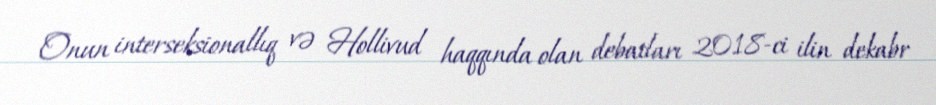
Onun interseksionallıq və Hollivud haqqında olan debatları 2018-ci ilin dekabr